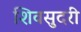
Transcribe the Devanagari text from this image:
शिवसुदरी